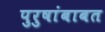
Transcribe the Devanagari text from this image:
पुरुषांबाबत